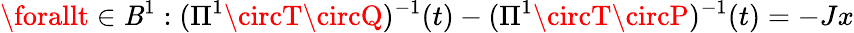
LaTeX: \forallt\in\mathit{B}^{1}:(\Pi^{1}\circT\circQ)^{-1}(t)-(\Pi^{1}\circT\circP)^{-1}(t)=-Jx